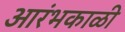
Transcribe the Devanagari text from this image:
आरंभकाळी